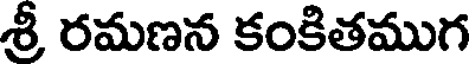
శ్రీ రమణన కంకితముగ